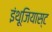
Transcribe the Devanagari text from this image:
इंथूजियास्ट